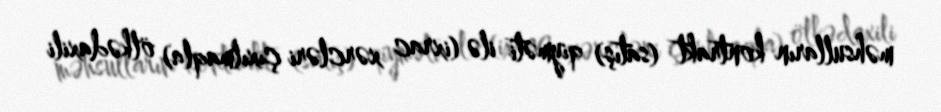
məhsulların kontrakt (satış) qiyməti ilə (ixrac xərcləri çıxılmaqla) ölkədaxili